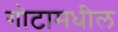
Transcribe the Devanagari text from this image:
गोटामधील